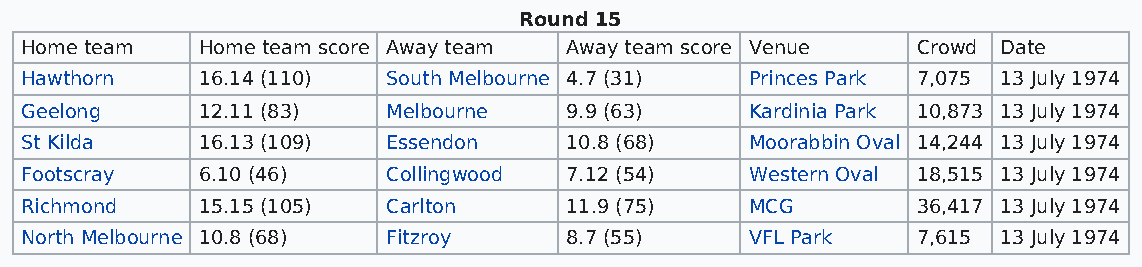
Round 15
 Home team   Home team score Away team Away team score Venue Crowd Date
 Hawthorn    16.14 (110)  South Melbourne 4.7 (31) Princes Park 7,075 13 July 1974
 Geelong     12.11 (83)   Melbourne  9.9 (63)     Kardinia Park 10,873 13 July 1974
 St Kilda    16.13 (109)  Essendon   10.8 (68)    Moorabbin Oval 14,244 13 July 1974
 Footscray   6.10 (46)    Collingwood 7.12 (54)   Western Oval 18,515 13 July 1974
 Richmond    15.15 (105)  Carlton    11.9 (75)    MCG        36,417 13 July 1974
 North Melbourne 10.8 (68) Fitzroy   8.7 (55)     VFL Park   7,615 13 July 1974